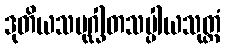
ဒုတိယသမုဂ္ဃါတသပ္ပါယသုတ္တံ